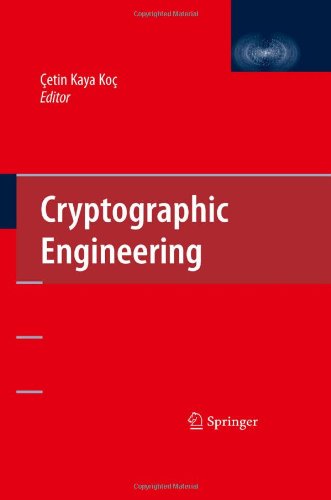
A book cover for Cryptographic Engineering; Computers & Technology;